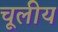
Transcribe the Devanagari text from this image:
चूलीय